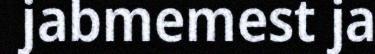
jabmemest ja